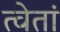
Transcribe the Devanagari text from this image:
त्वेतां